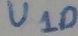
Text: U10